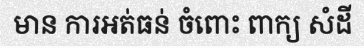
មាន ការអត់ធន់ ចំពោះ ពាក្យ សំដី